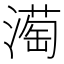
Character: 𪷒